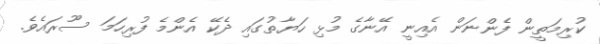
ކުރިމަތީން ފެންނަން އެއިނީ އޭނާގެ މުޅި ހަޔާތުގައި ދެކޭ އެންމެ ފުރިހަމަ ސޫރައެވެ.